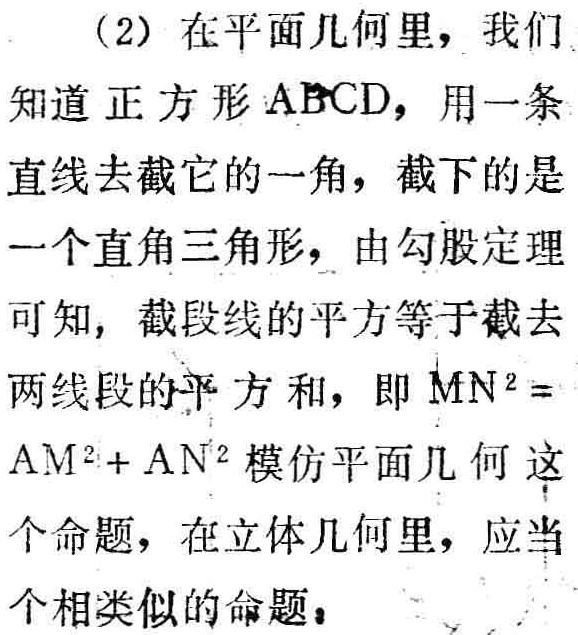
（2）在平面几何里，我们知道正方形 \(ABCD\)，用一条直线去截它的一角，截下的是一个直角三角形，由勾股定理可知，截段线的平方等于截去两线段的平方和，即 \(MN^{2}=AM^{2}+AN^{2}\) 模仿平面几何这个命题，在立体几何里，应当个相类似的命题。